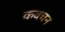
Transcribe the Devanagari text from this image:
कवचन